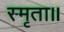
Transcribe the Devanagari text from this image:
स्मृता॥